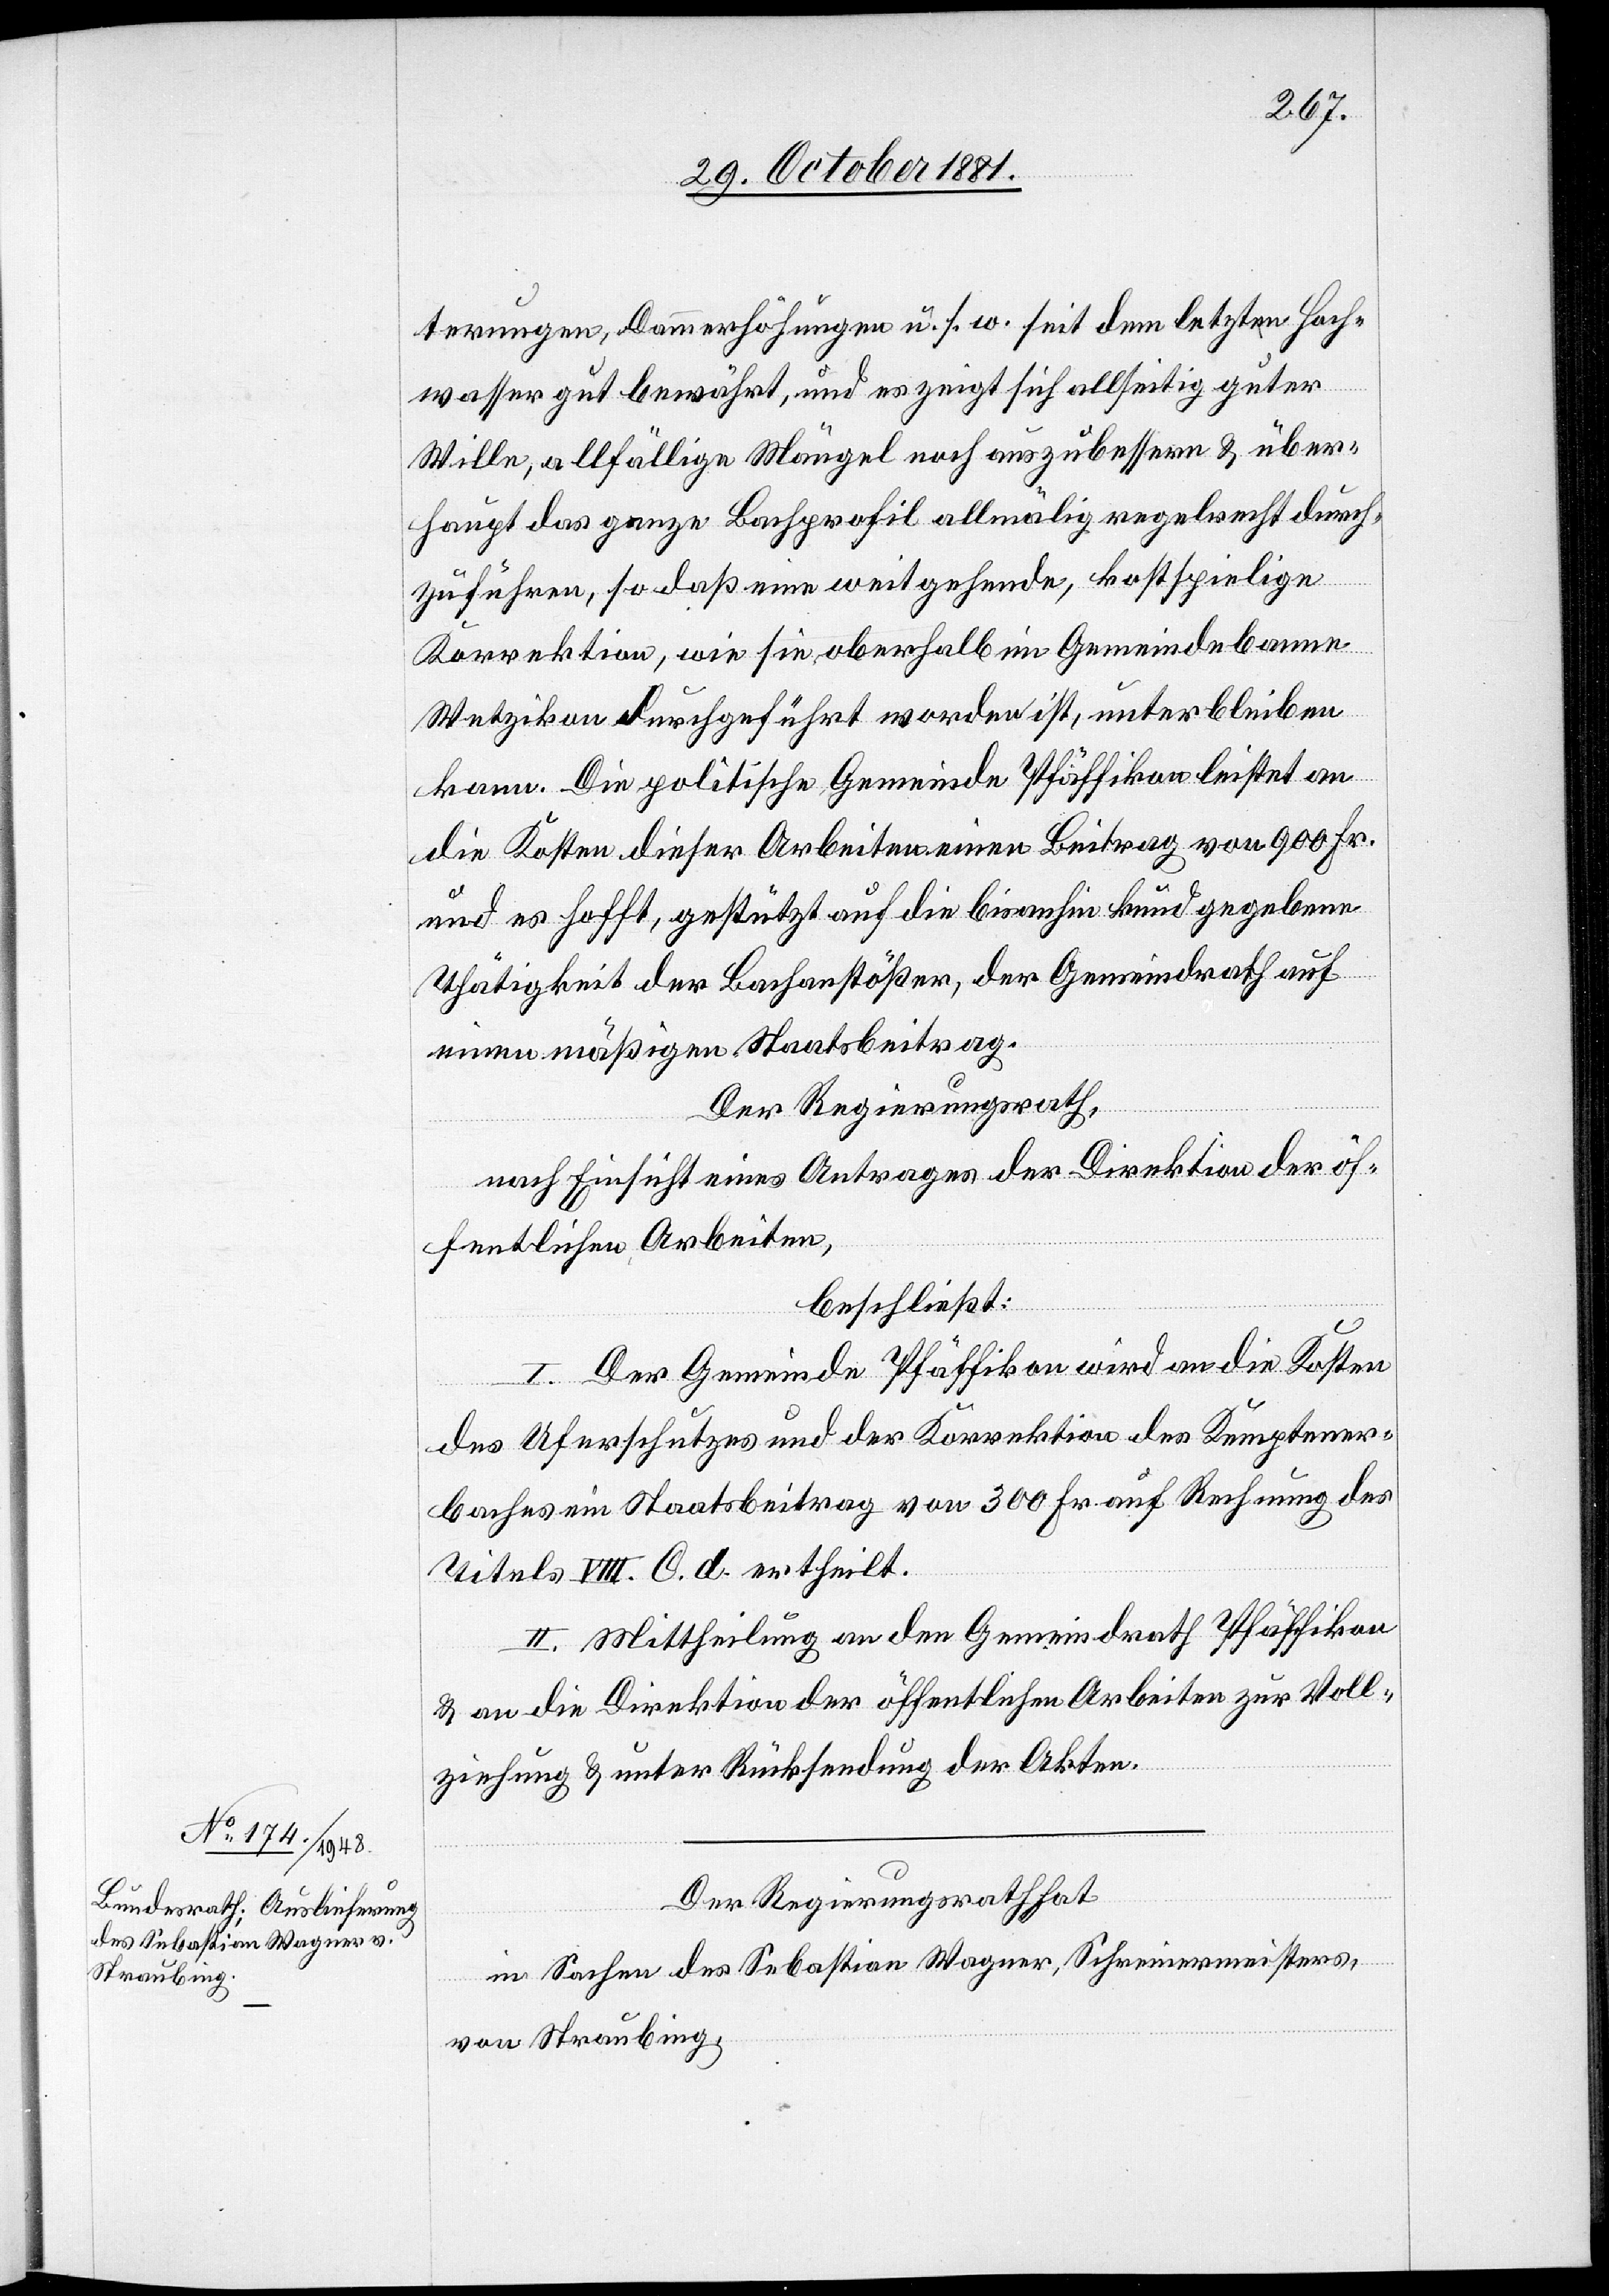
terungen, Dammerhöhungen u. s. w. seit dem letzten Hoch¬
wasser gut bewährt, und es zeigt sich allseitig guter
Wille, allfällige Mängel noch auszubessern & über¬
haupt das ganze Bachprofil allmälig regelrecht durch¬
zuführen, so daß eine weitgehende, kostspielige
Korrektion, wie sie oberhalb im Gemeindebann
Wetzikon durchgeführt worden ist, unterbleiben
kann. Die politische Gemeinde Pfäffikon leistet an
die Kosten dieser Arbeiten einen Beitrag von 900 Fr.
und es hofft, gestützt auf die bisanhin kundgegebene
Thätigkeit der Bachanstößer, der Gemeindrath auf
einen mäßigen Staatsbeitrag.
Der Regierungsrath,
nach Einsicht eines Antrages der Direktion der öf¬
fentlichen Arbeiten,
beschließt:
I. Der Gemeinde Pfäffikon wird an die Kosten
des Uferschutzes und der Korrektion des Kemptener¬
baches ein Staatsbeitrag von 300 Fr. auf Rechnung des
Titels VIII. C. d. ertheilt.
II. Mittheilung an den Gemeindrath Pfäffikon
& an die Direktion der öffentlichen Arbeiten zur Voll¬
ziehung & unter Rücksendung der Akten.
Der Regierungsrath hat,
in Sachen des Sebastian Wagner, Schreinermeisters,
von Straubing,